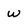
Character: W